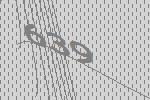
639